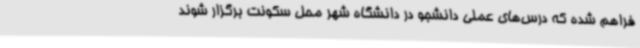
فراهم شده که درس‌های عملی دانشجو در دانشگاه شهر محل سکونت برگزار شوند